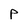
Character: P